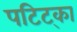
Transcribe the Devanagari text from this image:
पटिट्का